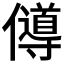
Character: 𠐵